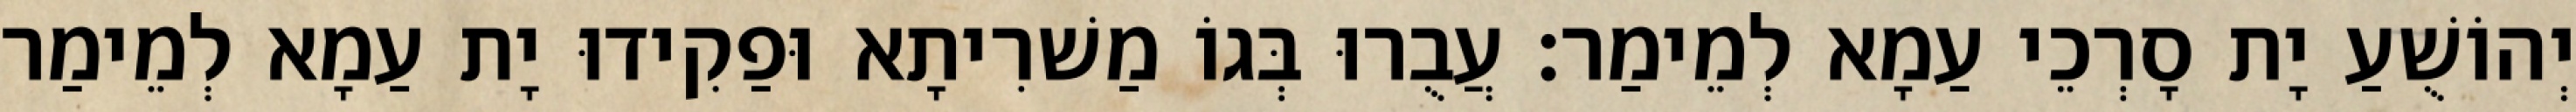
יְהוֹשֻׁעַ יָת סָרְכֵי עַמָא לְמֵימַר׃ עֲבֻרוּ בְּגוֹ מַשׁרִיתָא וּפַקִידוּ יָת עַמָא לְמֵימַר